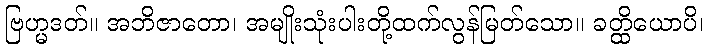
ဗြဟ္မဒတ်။ အဘိဇာတော၊ အမျိုးသုံးပါးတို့ထက်လွန်မြတ်သော။ ခတ္ထိယောပိ၊